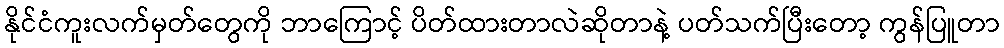
နိုင်ငံကူးလက်မှတ်တွေကို ဘာကြောင့် ပိတ်ထားတာလဲဆိုတာနဲ့ ပတ်သက်ပြီးတော့ ကွန်ပြူတာ